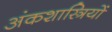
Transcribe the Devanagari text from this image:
अंकशास्त्रियों